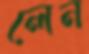
লেন